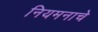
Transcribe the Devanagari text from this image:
नियमनाचे